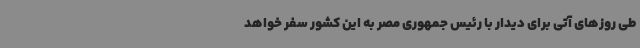
طی روزهای آتی برای دیدار با رئیس جمهوری مصر به این کشور سفر خواهد